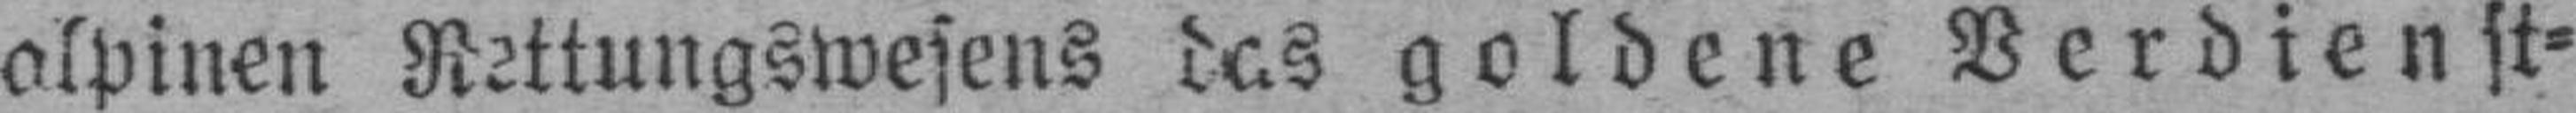
alpinen Rettungswesens das goldene Verdienst¬